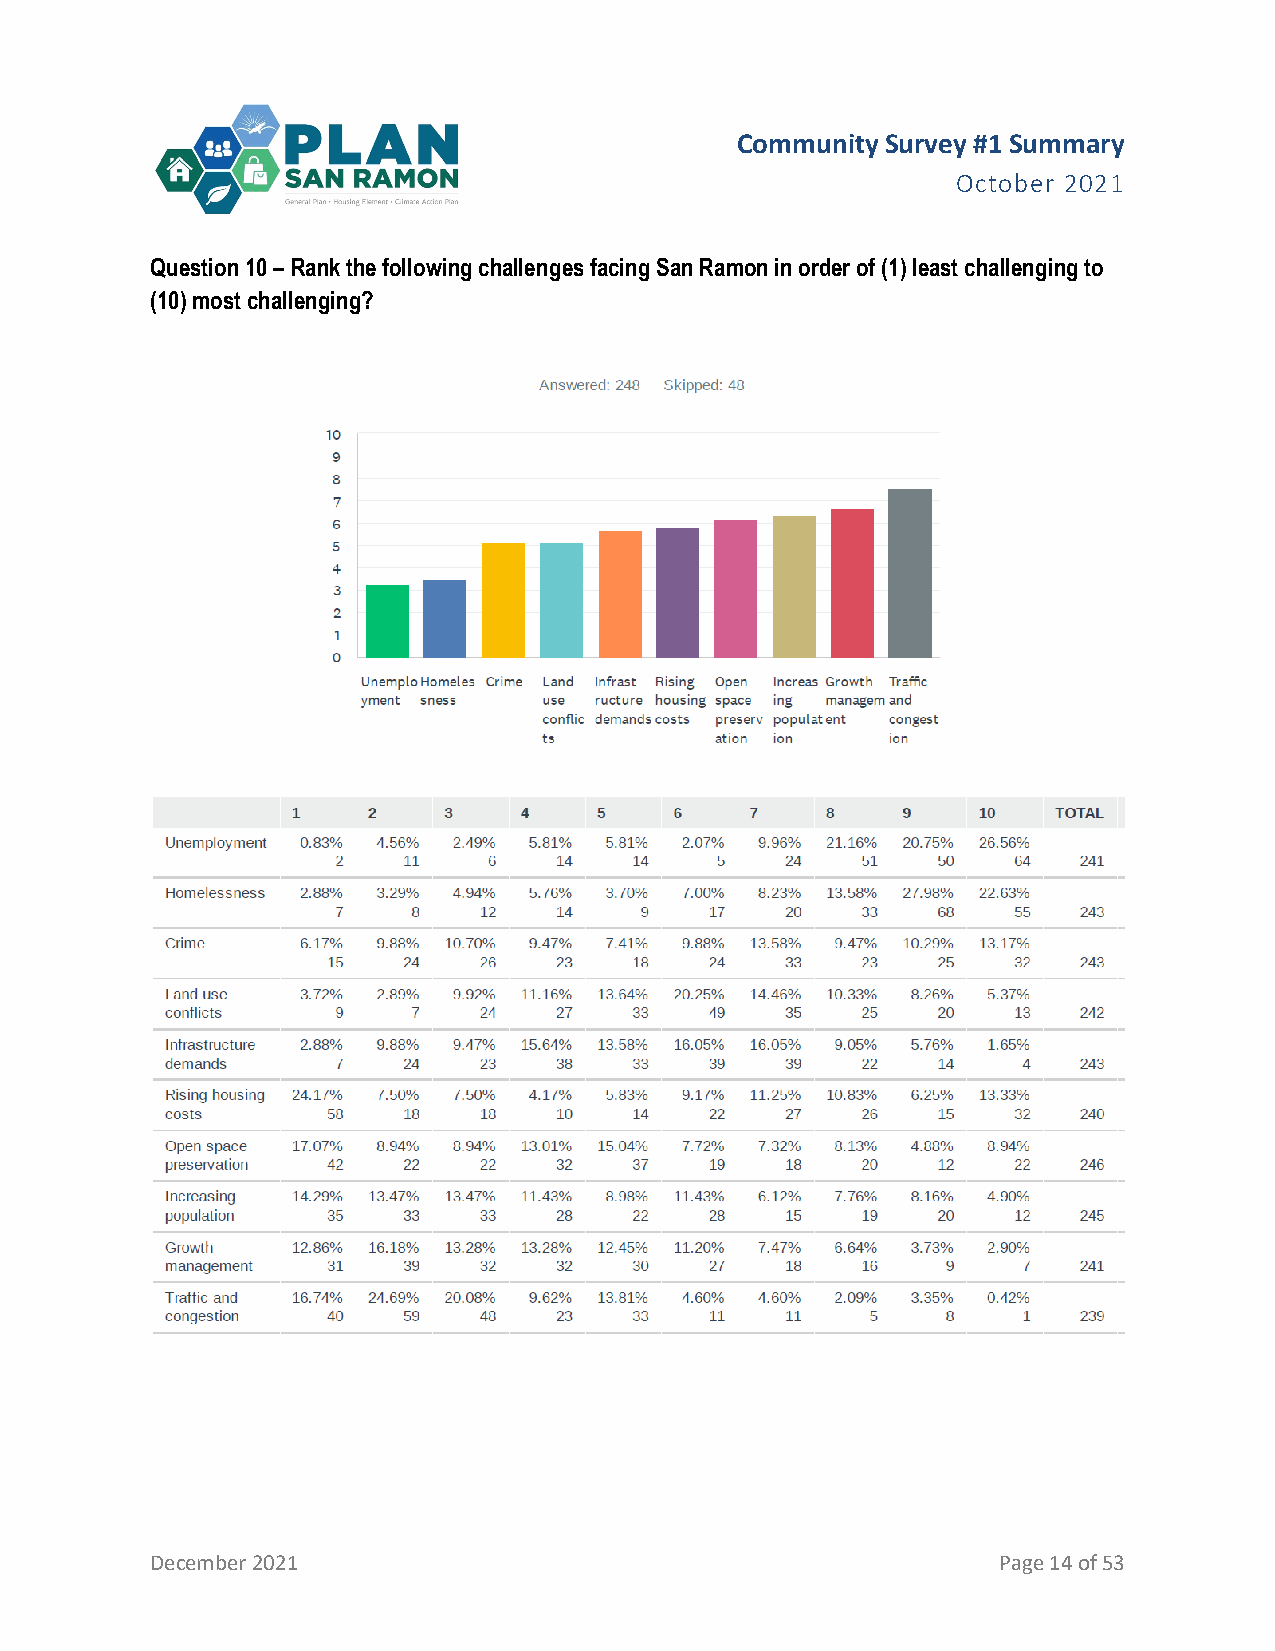
Community Survey #1 Summary
 October 2021
 Question 10 – Rank the following challenges facing San Ramon in order of (1) least challenging to
 (10) most challenging?
 December 2021                                           Page 14 of 53